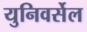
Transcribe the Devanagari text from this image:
युनिवर्सेल